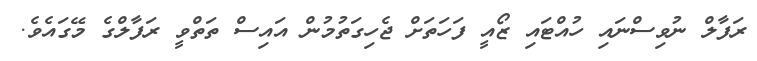
ރަފާލް ނުވިސްނައި ހުއްޓައި ޒޯއީ ފަހަތަށް ޖެހިގަތުމުން އައިސް ތަތްވީ ރަފާލްގެ މޭގައެވެ.